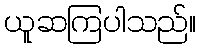
ယူဆကြပါသည်။